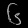
Digit: ၆